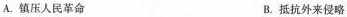
A.镇压人民革命 B.抵抗外来侵略